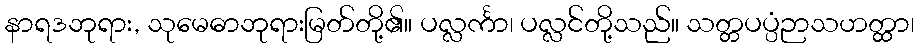
နာရဒဘုရား, သုမေဓာဘုရားမြတ်တို့၏။ ပလ္လင်္ကာ၊ ပလ္လင်တို့သည်။ သတ္တပပ္ပံဉာသဟတ္ထာ၊